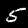
Label: 5